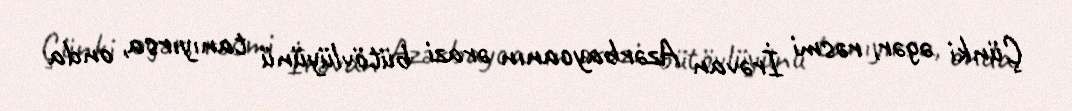
Çünki əgər, rəsmi İrəvan Azərbaycanın ərazi bütövlüyünü tanıyırsa, onda